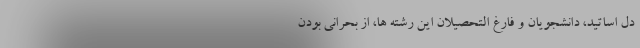
دل اساتید، دانشجویان و فارغ التحصیلان این رشته ها، از بحرانی بودن